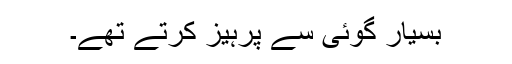
بسیار گوئی سے پرہیز کرتے تھے۔